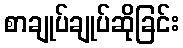
စာချုပ်ချုပ်ဆိုခြင်း